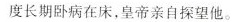
度长期卧病在床。皇帝亲自探望他。